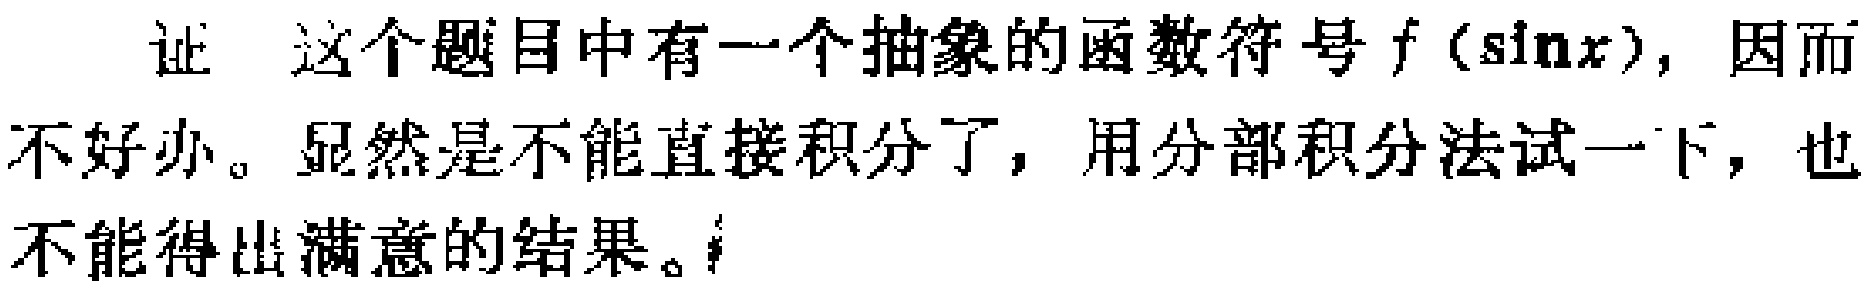
证 这个题目中有一个抽象的函数符号 \(f(\sin x)\)，因而不好办。显然是不能直接积分了，用分部积分法试一下，也不能得出满意的结果。